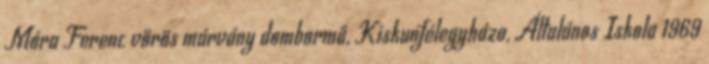
Móra Ferenc vörös márvány dombormű, Kiskunfélegyháza, Általános Iskola 1969